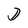
Character: D